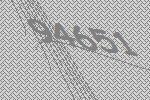
94651